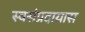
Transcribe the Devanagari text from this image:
स्वसंप्रदायास